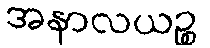
အနာလယဉ္စ